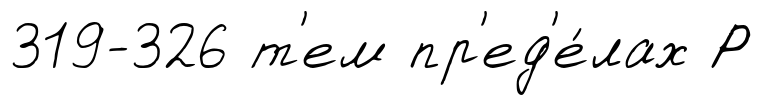
319-326 т'ем пр'ед'е́лах Р